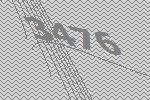
3476